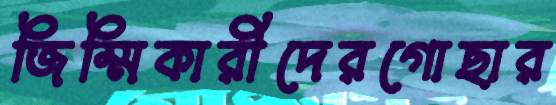
জিম্মিকারীদেরগোছার